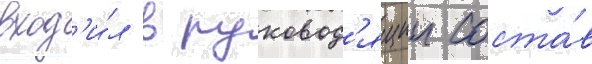
вход'и́л в руковод'ящии соста́в